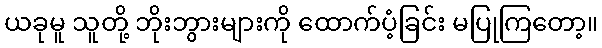
ယခုမူ သူတို့ ဘိုးဘွားများကို ထောက်ပံ့ခြင်း မပြုကြတော့။